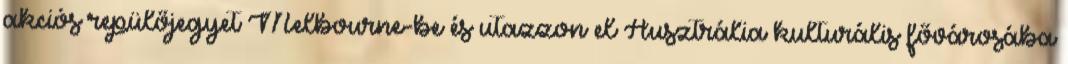
akciós repülőjegyet Melbourne-be és utazzon el Ausztrália kulturális fővárosába